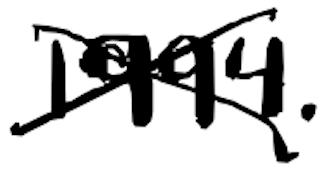
Text: 1994.
Cross-out: cross
Writing tool: digital_black